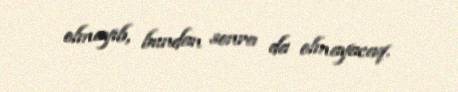
olmayıb, bundan sonra da olmayacaq.